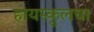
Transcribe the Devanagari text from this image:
हायस्‍कूलचा